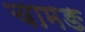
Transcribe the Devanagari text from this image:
चामङ